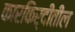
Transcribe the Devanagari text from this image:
कारकिर्दीतील